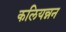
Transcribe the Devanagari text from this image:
कलियन्नन